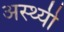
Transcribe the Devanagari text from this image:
अस्थ्यी